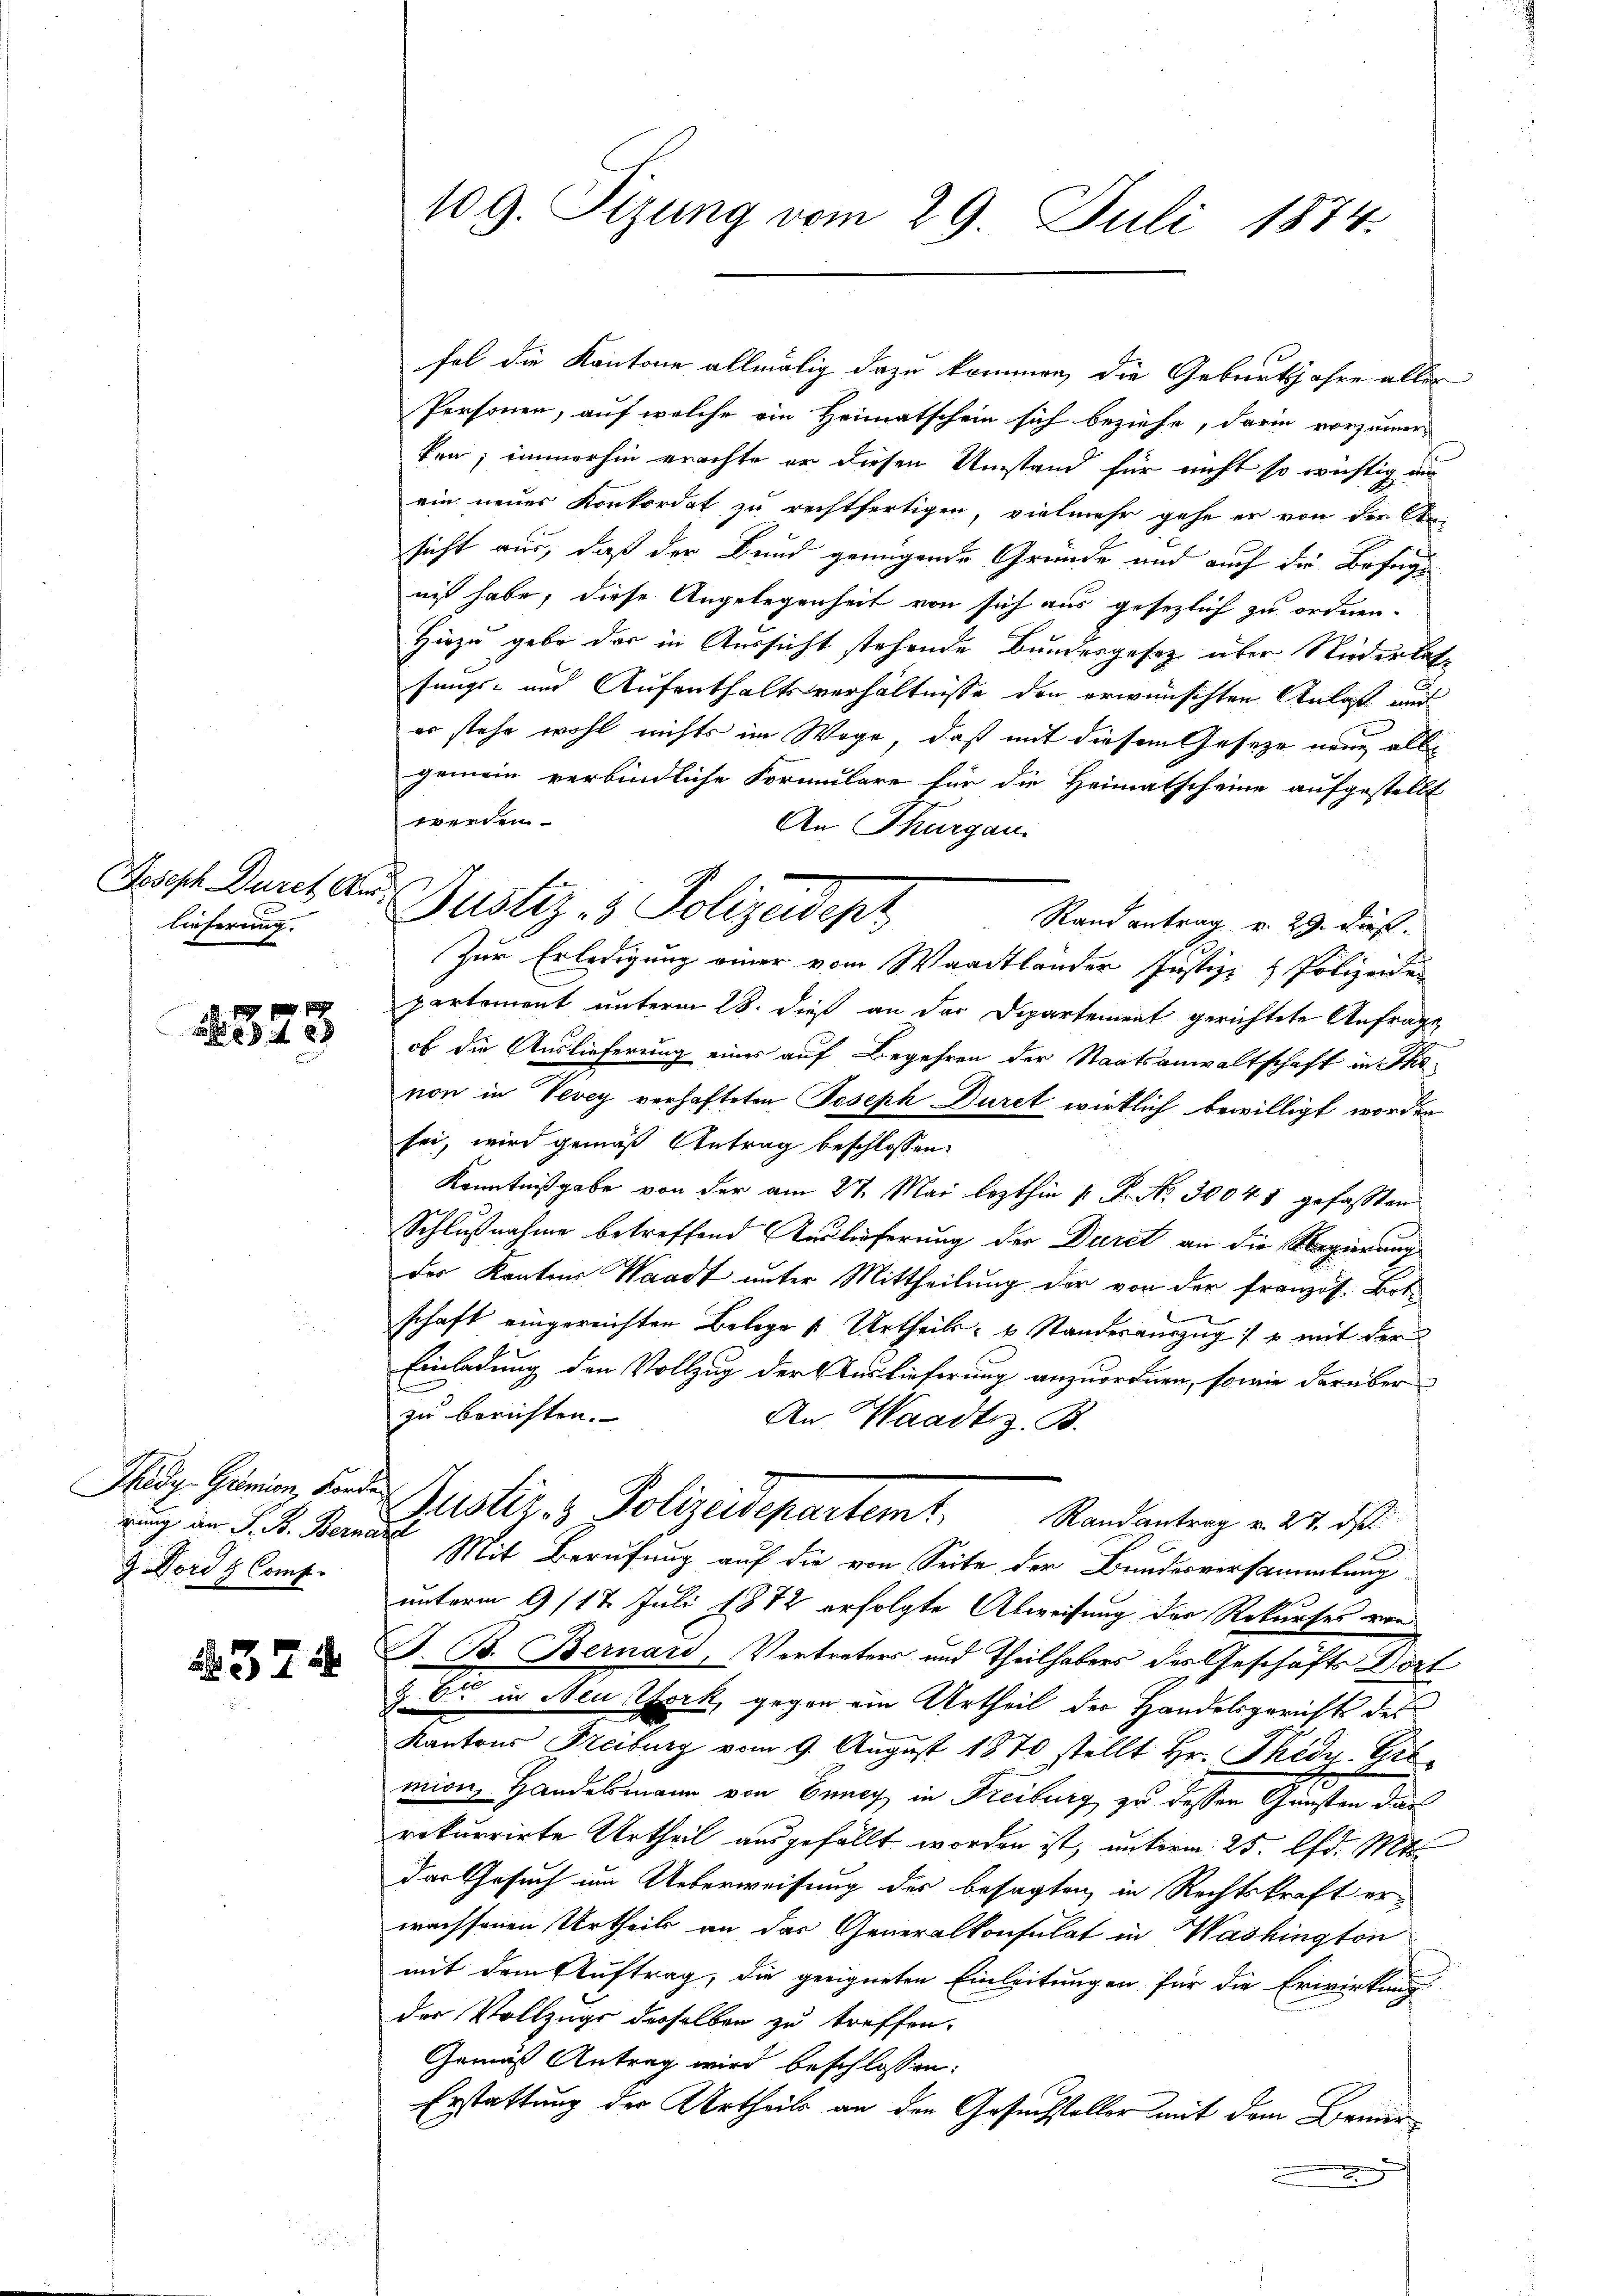
Joseph Durch Kirlieferung.

2378

Thedy-Gremion, Forde
rung an F. B. Berne
9 Dordg Comp.

237

109. Sizung vom 29. Juli 1874.

Justiz- & Polizeidept

fel die Kantone allmälig dazu kommen, die Geburtsjahre aller
Personen, auf welche ein Heimatschein sich beziehe, darin vorzumerken; immerhin erachte er diesen Umstand für nicht so wichtig an
ein neuer Konkordat zu rechtfertigen, vielmehr gehe er von der A
sicht aus, daß der Bund genügende Gründe und auch die Befuge
niß habe, diese Angelegenheit von sich aus gesezlich zu ordnen.
Hiezu gebe das in Aussicht stehende Bundesgesetz über Niederlasfungs- und Aufenthaltsverhältnisse den erwünschten Anlaß auf
er stehe wohl nichts im Wege, daß mit diesem Gesetze neue alle
gemein verbindliche Formulare für die Heimatscheine aufgestellt
werden
An Thurgau.
Rand antrag v. 29. Dies
Zur Erledigung einer vom Waadtlander Justiz- & Polizeiden
partement unterm 28. dieß an der Departement gerichtete Anfrage
of die Auslieferung eines auf Begehren der Staatsanwaltschaft in Ehe
von in Vevey verhafteten Joseph Duret wirklich bewilligt worden
sei, wird gemäß Antrag beschlossen:
Kenntnißgabe von der am 27. Mai lezthin 1. P. Nr. 30041 gefassten
Schlußnahme betreffend Auslieferung der Duret an die Regierung
des Kantons Waadt unter Mittheilung der von der französ. Bot
schaft eingereichten Belege u. Urtheils- u Standesauszug :/ u mit der
Einladung den Vollzug der Auslieferung anzuordnen, sowie darüber
zu berichten.
An Waadt z. B.
Justiz- & Polizeidepartemt. Randantrag v. 24. ds.
Mit Berufung auf die von Seite der Bundesversammlung
unterm 9/12. Juli 1872 erfolgte Abweisung der Rekurses vor
B. B. Bernard, Vertreters und Theilhabers des Geschäfts Dort
& C in Neu York, gegen ein Urtheil der Handelsgerichts des
Kantons Freiburg vom 9. August 1870 stellt Hr. Thidu. Gre
miren Handelsmann von Bunay in Freiburg, zu dessen Gunsten dar
rekurrirte Urtheil ausgefällt worden ist, unterm 25. d. Mt
das Gesuch um Ueberweisung der besagten in Rechtskraft erwachsenen Urtheils an das Generalkonsulat in Washington
mit dem Auftrag, die geeigneten Einleitungen für die Erwirkung
der Vollzugs derselben zu treffen.
Gemäß Antrag wird beschlossen:
Erstattung der Urtheils an den Gesuchsteller mit dem Bemer¬
5